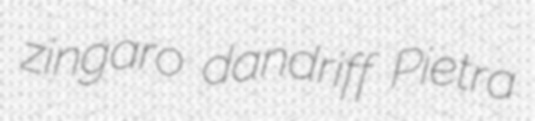
zingaro dandriff Pietra